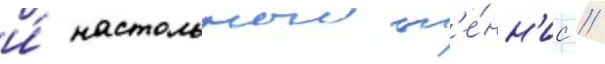
и́ настольныи т'е́нн'ис //